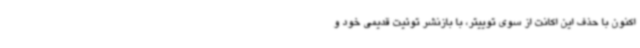
اکنون با حذف این اکانت از سوی توییتر، با بازنشر توئیت قدیمی خود و